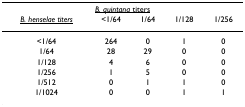
<table><thead><tr><td colspan="5"><b><underline><i>B. quintana </i>titers</underline></b></td></tr><tr><td><b><i><underline>B. henselae titers</underline></i></b></td><td><b>&lt;1/64</b></td><td><b>1/64</b></td><td><b>1/128</b></td><td><b>1/256</b></td></tr></thead><tbody><tr><td>&lt;1/64</td><td>264</td><td>0</td><td>1</td><td>0</td></tr><tr><td>1/64</td><td>28</td><td>29</td><td>0</td><td>0</td></tr><tr><td>1/128</td><td>4</td><td>6</td><td>0</td><td>0</td></tr><tr><td>1/256</td><td>1</td><td>5</td><td>0</td><td>0</td></tr><tr><td>1/512</td><td>0</td><td>1</td><td>1</td><td>0</td></tr><tr><td>1/1024</td><td>0</td><td>0</td><td>1</td><td>1</td></tr></tbody></table>